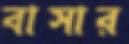
বাসার